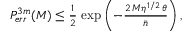
\begin{array} { r } { P _ { e r r } ^ { 3 m } ( M ) \leq \frac { 1 } { 2 } \, \exp \left( - \frac { 2 \, M \eta ^ { 1 / 2 } \, \theta } { \bar { n } } \right) , } \end{array}